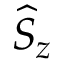
\widehat { S } _ { z }